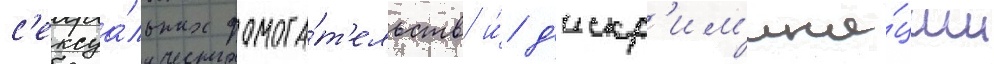
с'ексуа́льных домога́т'ельств и́ д'искр'им'ина́ции